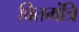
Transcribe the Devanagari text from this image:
वितमंत्रि